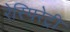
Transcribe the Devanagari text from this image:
रेस्पिरेट्री